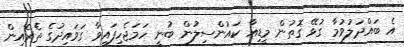
އެ ބައްދަލުވުމާ ގުޅޭ ގޮތުން މީޑިއާ ކައުންސިލުން ބުނީ ހަމަޖެހިފައިވާ ގަވައިދުގެ ތެރެއިން